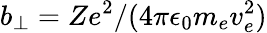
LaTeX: b_{\perp}=Ze^{2}/(4\pi\epsilon_{0}m_{e}v_{e}^{2})